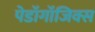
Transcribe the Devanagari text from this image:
पेडॉगॉजिक्स